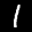
Label: 1